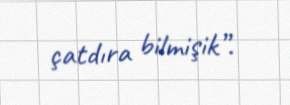
çatdıra bilmişik”.